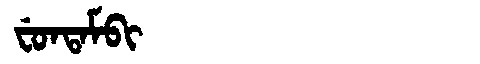
Manchu: ᠸᡠᠨᡨᠠᠮᠪᡳ
Romanization: FUNTAMBI